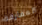
المفارقة